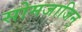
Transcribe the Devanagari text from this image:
सोमजाजिन्